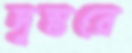
দুস্তরে